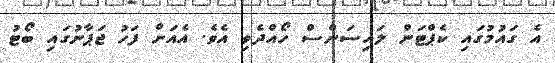
އެ ގައުމުގައި ކެޕްޓަން ލައިސަންސް ހޯއްދެވި އެވެ. އެއަށް ފަހު ޖަޕާނުގައި ބޯޓު